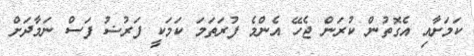
ކަމަށާއި އެގޮތުން ކުރަން ޖެހޭ އެންމެ ފުރަތަމަ ކަމަކީ ފަރުޟު ފަސް ނަމާދަށް